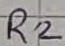
Text: R2